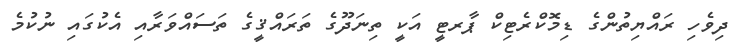
ދިވެހި ރައްޔިތުންގެ ޑިމޮކްރެޓިކް ޕާރޓީ އަކީ ތިނަދޫގެ ތަރައްޤީގެ ތަސައްވަރާއި އެކުގައި ނުކުމެ